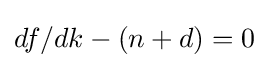
df/dk-(n+d)=0